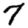
Digit: 7